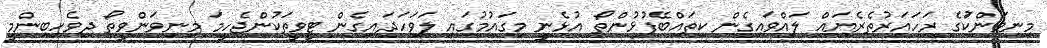
މިނިވަންކަުގެ ރަހައަރުތެރެޔައް ލައްވައިގެން ކިތައްބޭފުޅުންތޯ އުޅެނީ މިގައުމުގައި ލަވަހަދައިގެން ޓީވީތަކުންޖެހީމަ މިނިވަންވީތޯ ދިވެހިބިންމީ